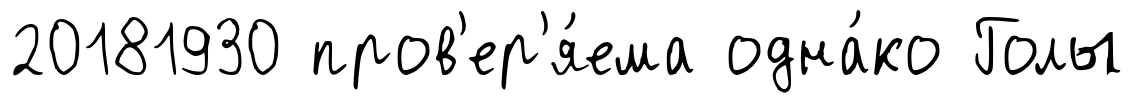
20181930 пров'ер'я́ема одна́ко Голы